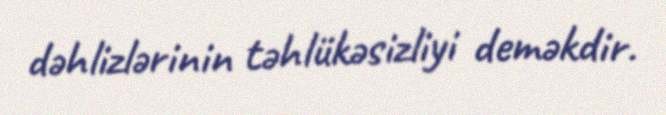
dəhlizlərinin təhlükəsizliyi deməkdir.